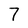
Character: 7